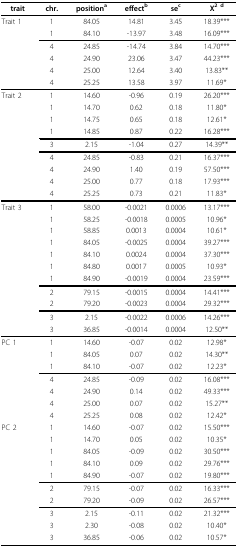
<table><thead><tr><td><b>trait</b></td><td><b>chr.</b></td><td><b>position<sup>a</sup></b></td><td><b>effect<sup>b</sup></b></td><td><b>se<sup>c</sup></b></td><td><b>Χ<sup>2 d</sup></b></td></tr></thead><tbody><tr><td>Trait 1</td><td>1</td><td>84.05</td><td>14.81</td><td>3.45</td><td>18.39***</td></tr><tr><td></td><td>1</td><td>84.10</td><td>-13.97</td><td>3.48</td><td>16.09***</td></tr><tr><td></td><td>4</td><td>24.85</td><td>-14.74</td><td>3.84</td><td>14.70***</td></tr><tr><td></td><td>4</td><td>24.90</td><td>23.06</td><td>3.47</td><td>44.23***</td></tr><tr><td></td><td>4</td><td>25.00</td><td>12.64</td><td>3.40</td><td>13.83**</td></tr><tr><td></td><td>4</td><td>25.25</td><td>13.58</td><td>3.97</td><td>11.69*</td></tr><tr><td>Trait 2</td><td>1</td><td>14.60</td><td>-0.96</td><td>0.19</td><td>26.20***</td></tr><tr><td></td><td>1</td><td>14.70</td><td>0.62</td><td>0.18</td><td>11.80*</td></tr><tr><td></td><td>1</td><td>14.75</td><td>0.65</td><td>0.18</td><td>12.61*</td></tr><tr><td></td><td>1</td><td>14.85</td><td>0.87</td><td>0.22</td><td>16.28***</td></tr><tr><td></td><td>3</td><td>2.15</td><td>-1.04</td><td>0.27</td><td>14.39**</td></tr><tr><td></td><td>4</td><td>24.85</td><td>-0.83</td><td>0.21</td><td>16.37***</td></tr><tr><td></td><td>4</td><td>24.90</td><td>1.40</td><td>0.19</td><td>57.50***</td></tr><tr><td></td><td>4</td><td>25.00</td><td>0.77</td><td>0.18</td><td>17.93***</td></tr><tr><td></td><td>4</td><td>25.25</td><td>0.73</td><td>0.21</td><td>11.83*</td></tr><tr><td>Trait 3</td><td>1</td><td>58.00</td><td>-0.0021</td><td>0.0006</td><td>13.17***</td></tr><tr><td></td><td>1</td><td>58.25</td><td>-0.0018</td><td>0.0005</td><td>10.96*</td></tr><tr><td></td><td>1</td><td>58.85</td><td>0.0013</td><td>0.0004</td><td>10.61*</td></tr><tr><td></td><td>1</td><td>84.05</td><td>-0.0025</td><td>0.0004</td><td>39.27***</td></tr><tr><td></td><td>1</td><td>84.10</td><td>0.0024</td><td>0.0004</td><td>37.30***</td></tr><tr><td></td><td>1</td><td>84.80</td><td>0.0017</td><td>0.0005</td><td>10.93*</td></tr><tr><td></td><td>1</td><td>84.90</td><td>-0.0019</td><td>0.0004</td><td>23.59***</td></tr><tr><td></td><td>2</td><td>79.15</td><td>-0.0015</td><td>0.0004</td><td>14.41***</td></tr><tr><td></td><td>2</td><td>79.20</td><td>-0.0023</td><td>0.0004</td><td>29.32***</td></tr><tr><td></td><td>3</td><td>2.15</td><td>-0.0022</td><td>0.0006</td><td>14.26***</td></tr><tr><td></td><td>3</td><td>36.85</td><td>-0.0014</td><td>0.0004</td><td>12.50**</td></tr><tr><td>PC 1</td><td>1</td><td>14.60</td><td>-0.07</td><td>0.02</td><td>12.98*</td></tr><tr><td></td><td>1</td><td>84.05</td><td>0.07</td><td>0.02</td><td>14.30**</td></tr><tr><td></td><td>1</td><td>84.10</td><td>-0.07</td><td>0.02</td><td>12.23*</td></tr><tr><td></td><td>4</td><td>24.85</td><td>-0.09</td><td>0.02</td><td>16.08***</td></tr><tr><td></td><td>4</td><td>24.90</td><td>0.14</td><td>0.02</td><td>49.33***</td></tr><tr><td></td><td>4</td><td>25.00</td><td>0.07</td><td>0.02</td><td>15.27**</td></tr><tr><td></td><td>4</td><td>25.25</td><td>0.08</td><td>0.02</td><td>12.42*</td></tr><tr><td>PC 2</td><td>1</td><td>14.60</td><td>-0.07</td><td>0.02</td><td>15.50***</td></tr><tr><td></td><td>1</td><td>14.70</td><td>0.05</td><td>0.02</td><td>10.35*</td></tr><tr><td></td><td>1</td><td>84.05</td><td>-0.09</td><td>0.02</td><td>30.50***</td></tr><tr><td></td><td>1</td><td>84.10</td><td>0.09</td><td>0.02</td><td>29.76***</td></tr><tr><td></td><td>1</td><td>84.90</td><td>-0.07</td><td>0.02</td><td>19.80***</td></tr><tr><td></td><td>2</td><td>79.15</td><td>-0.07</td><td>0.02</td><td>16.33***</td></tr><tr><td></td><td>2</td><td>79.20</td><td>-0.09</td><td>0.02</td><td>26.57***</td></tr><tr><td></td><td>3</td><td>2.15</td><td>-0.11</td><td>0.02</td><td>21.32***</td></tr><tr><td></td><td>3</td><td>2.30</td><td>-0.08</td><td>0.02</td><td>10.40*</td></tr><tr><td></td><td>3</td><td>36.85</td><td>-0.06</td><td>0.02</td><td>10.57*</td></tr></tbody></table>